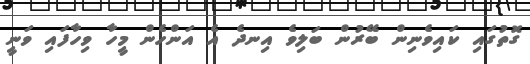
ގޮތުގައި ކައިވެނިން ބޭރުން ބަލިވެ އިނދެ އެ އަންހެން މީހާ ވިހާފައި ވަނީ